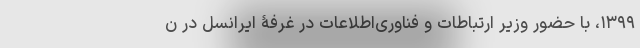
۱۳۹۹، با حضور وزیر ارتباطات و فناوری‌اطلاعات در غرفۀ ایرانسل در ن